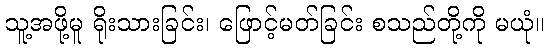
သူ့အဖို့မူ ရိုးသားခြင်း၊ ဖြောင့်မတ်ခြင်း စသည်တို့ကို မယုံ။